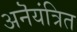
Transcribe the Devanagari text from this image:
अनॆयंत्रित